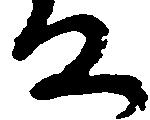
な